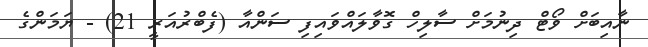
ނާއިބަށް ވޯޓް ދިނުމަށް ސާލިހް ގޮވާލައްވައިފި ސަންއާ (ފެބްރުއަރީ 21) - ޔަމަންގެ